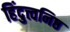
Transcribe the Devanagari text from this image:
हिंदुत्त्वनिष्ठ